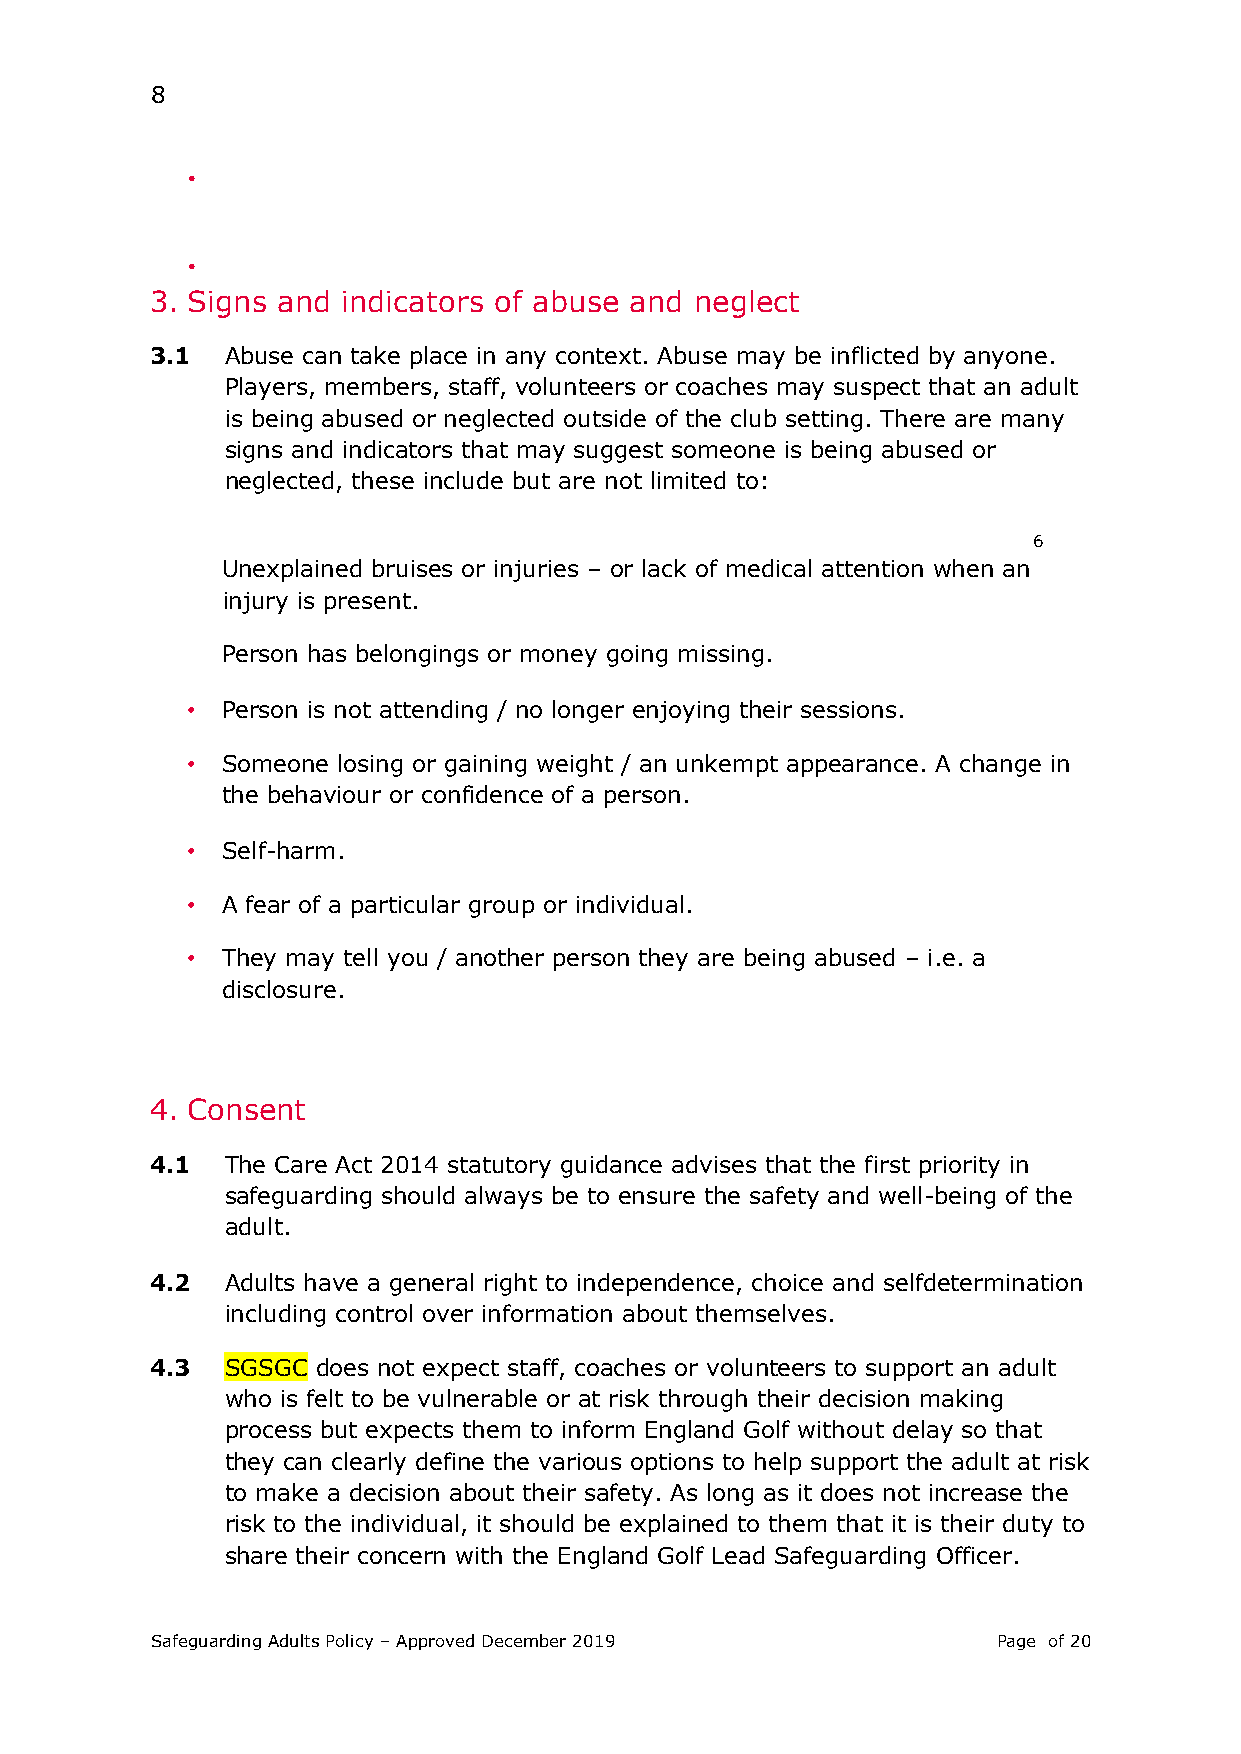
8
 •
 •
 3. Signs and indicators of abuse and neglect
 3.1  Abuse can take place in any context. Abuse may be inflicted by anyone.
 Players, members, staff, volunteers or coaches may suspect that an adult
 is being abused or neglected outside of the club setting. There are many
 signs and indicators that may suggest someone is being abused or
 neglected, these include but are not limited to:
 6
 Unexplained bruises or injuries – or lack of medical attention when an
 injury is present.
 Person has belongings or money going missing.
 •  Person is not attending / no longer enjoying their sessions.
 •  Someone losing or gaining weight / an unkempt appearance. A change in
 the behaviour or confidence of a person.
 •  Self-harm.
 •  A fear of a particular group or individual.
 •  They may tell you / another person they are being abused – i.e. a
 disclosure.
 4. Consent
 4.1  The Care Act 2014 statutory guidance advises that the first priority in
 safeguarding should always be to ensure the safety and well-being of the
 adult.
 4.2  Adults have a general right to independence, choice and selfdetermination
 including control over information about themselves.
 4.3  SGSGC does not expect staff, coaches or volunteers to support an adult
 who is felt to be vulnerable or at risk through their decision making
 process but expects them to inform England Golf without delay so that
 they can clearly define the various options to help support the adult at risk
 to make a decision about their safety. As long as it does not increase the
 risk to the individual, it should be explained to them that it is their duty to
 share their concern with the England Golf Lead Safeguarding Officer.
 Safeguarding Adults Policy – Approved December 2019     Page of 20